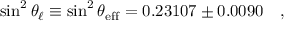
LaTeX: \sin ^ { 2 } \theta _ { \ell } \equiv \sin ^ { 2 } \theta _ { \mathrm { e f f } } = 0 . 2 3 1 0 7 \pm 0 . 0 0 9 0 ~ ~ ~ ,